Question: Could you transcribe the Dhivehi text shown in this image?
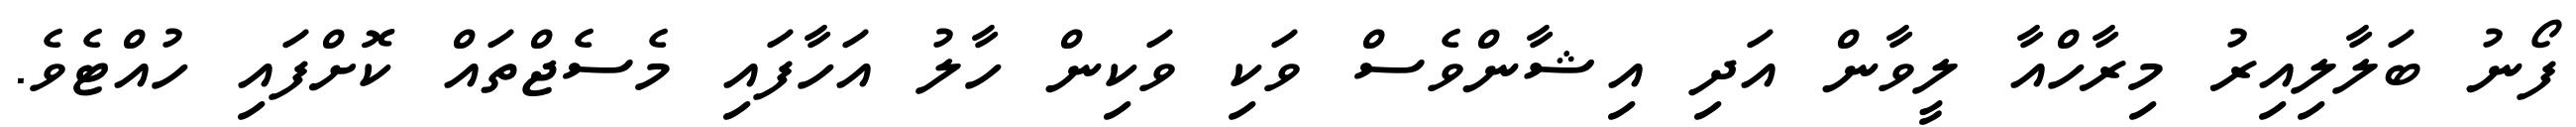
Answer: ފޯނު ބަލާލިއިރު މިރާހްއާ ލީވާން އަދި އިޝާންވެސް ވަކި ވަކިން ހާލު އަހާފައި މެސެޖްތައް ކޮށްފައި ހުއްޓެވެ.